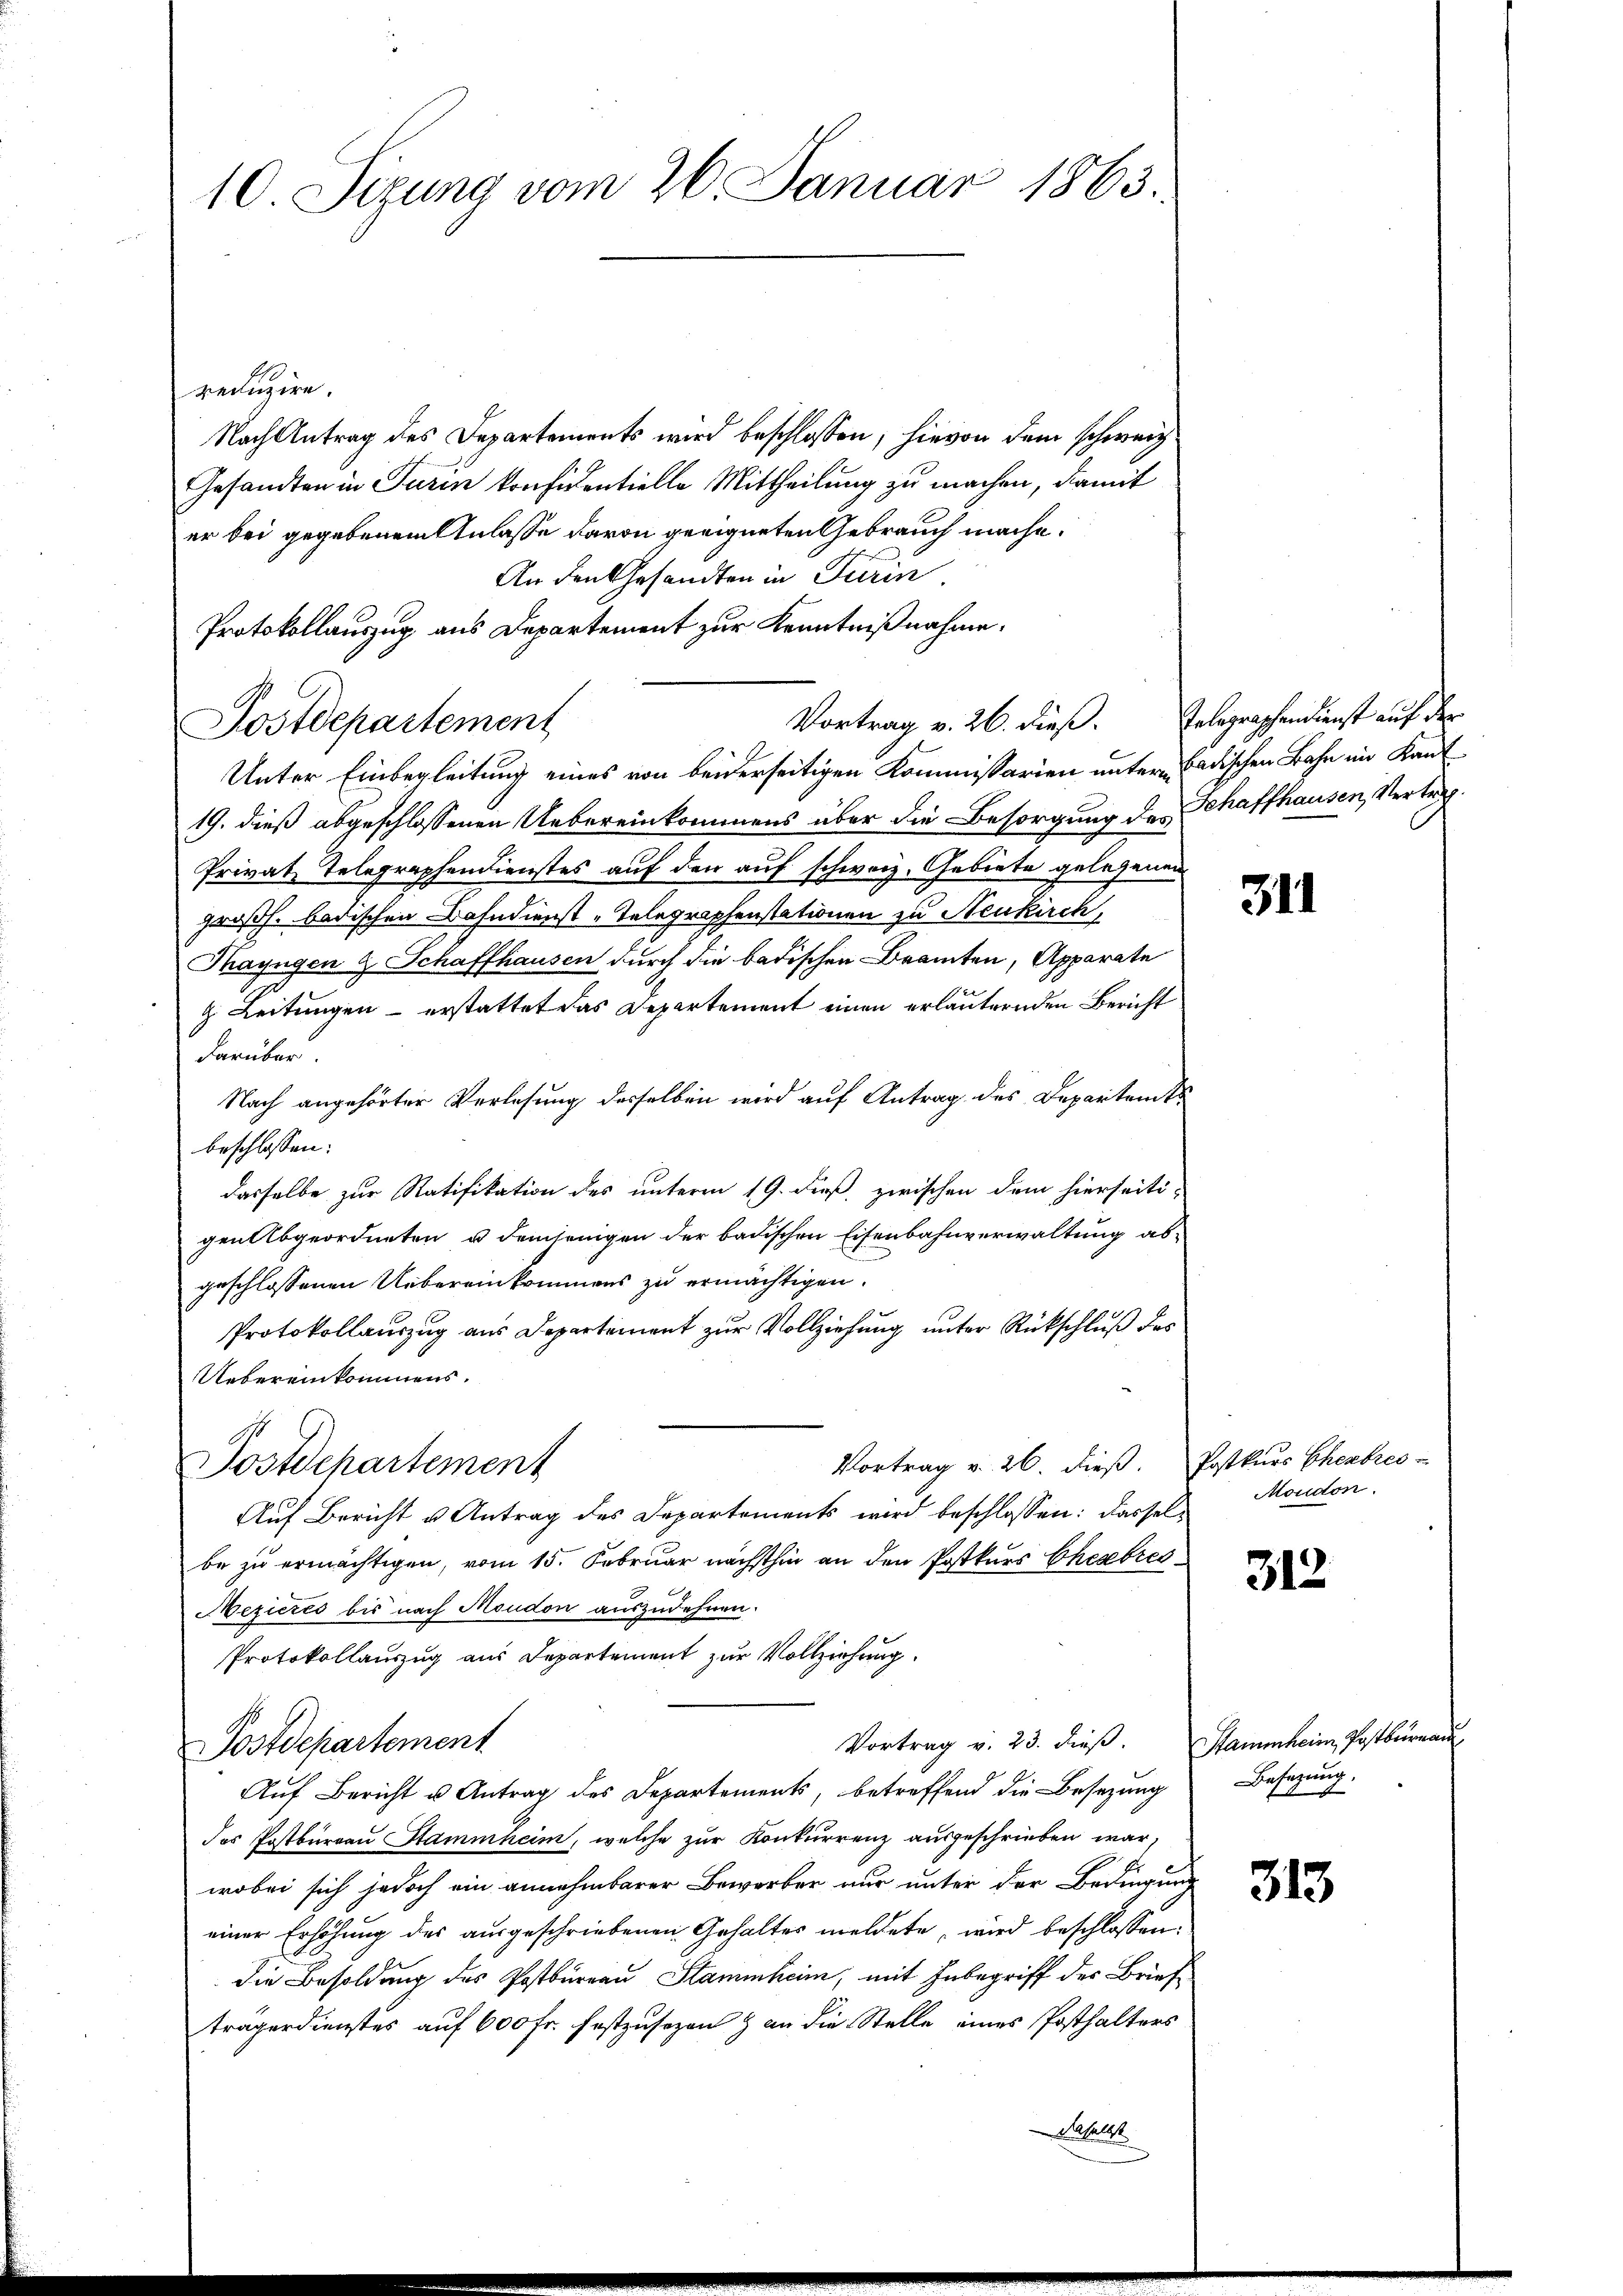
10 Sizung vom 26. Januar 1863.

reduzire.
Nach Antrag des Departements wird beschlossen, hievon dem schweiz
Gesandten in Turin konfidentielle Mittheilung zu machen, damit
er bei gegebenem Anlasse davon geeigneten Gebrauch mache.
An den Gesandten in Turin.
Protokollauszug aus Departement zur Kenntnißnahme.
Postdepartement
Unter Einbegleitung eines von beiderseitigen Kommissarien unter badischen Bahn im Kant
19. dieß abgeschlossenen Uebereinkommens über die Besorgung des Schaffhausen, Vertrag.
Privat Telegraphenienstes auf den auf schweiz. Gebiete gelegenen
großh. badischen Bahndienst-Telegraphenstationen zu Neukirch
Thayngen & Schaffhausen durch die badischen Beamten, Apparate
g. Leitungen – erstattet das Departement einen erläuternden Bericht
darüber
Nach angehörter Verlesung desselben wird auf Antrag des Departem t
beschlossen:
dasselbe zur Ratifikation des unterm 19. dieß zwischen dem hierseiti-
genabgeordneten u demjenigen der badischen Eisenbahnverwaltung abgeschlossenen Uebereinkommens zu ermächtigen.
Protokollauszug aus Departement zur Vollziehung unter Rückschluß des
Uebereinkommens.
Vortrag v. 26. dieß. Postkurs Cherbrec
Postdchartement
Auf Bericht u Antrag des Departements wird beschlossen: dasselbe zu ermächtigen, vom 15. Februar nächsthin an den Postkurs Eheabrec
A
Mezieres bis nach Moudon auszudehnen.
Protokollauszug aus Departement zur Vollziehung.
Vortrag v. 23. dieβ. Stammheim, Postbüreaŭ
Postdepartement
Auf Bericht u Antrag des Departements, betreffend die Besezung
des Postburgau Stammheim, welche zur Konkurrenz ausgeschrieben war,
wobei sich jedoch ein annehmbarer Bewerber nur unter der Bedingung
einer Erhöhung des ausgeschriebenen Gehaltes meldete, wird beschlossen,
die Besoldung des Postbureau Stammheim, mit Inbegriff der Briefträgerdienstes auf 600 fr. festzusezen & an die Stelle eines Posthalters
abhalte

Vortrag v. 26. dieß. Telegraphendienst auf der

311

Moudon.

312

Besatzung.

313